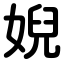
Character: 婗